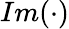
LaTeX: Im(\cdot)